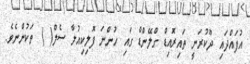
އުފައްދައި ދޫކުރަނީ ތައިރޮއިޑް ގްލޭންޑް ގައި ހުންނަ ފޮލިކިއުލާ ސެލް( ) ތަކުންނެވެ.